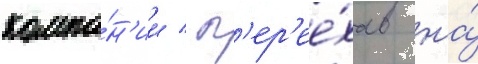
компа́н'ии / п'ер'ее́хав на́